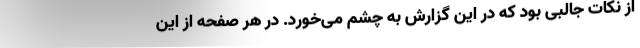
از نکات جالبی بود که در این گزارش به چشم می‌خورد. در هر صفحه از این